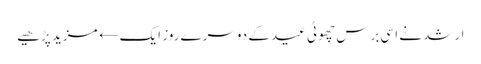
ارشد نے اسی برس چھوٹی عید کے دوسرے روز ایک← مزید پڑھیے